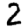
Digit: 2